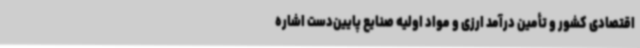
اقتصادی کشور و تأمین درآمد ارزی و مواد اولیه صنایع پایین‌دست اشاره